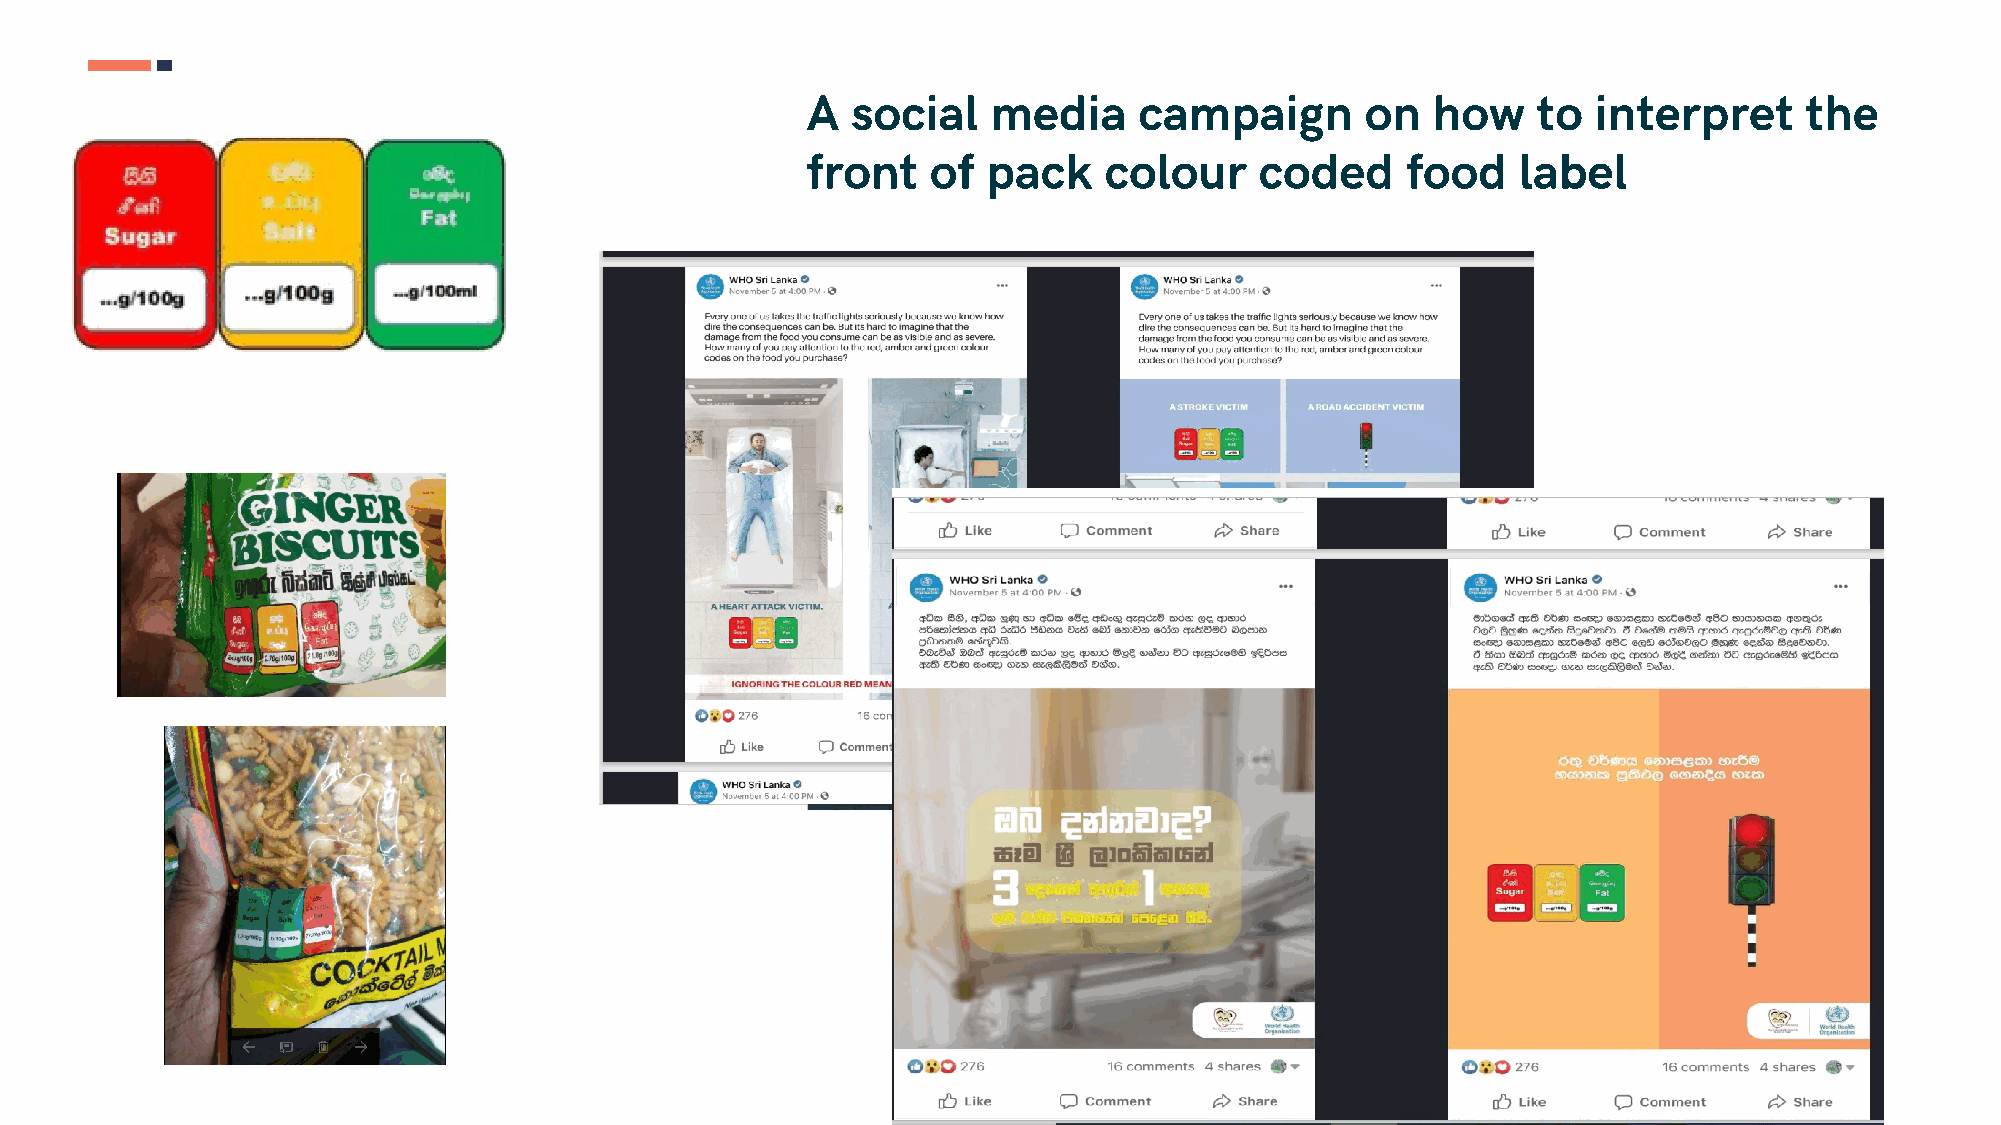
A  social    media    campaign       on   how    to  interpret    the
 front    of pack    colour    coded     food    label